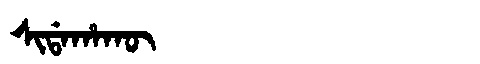
Manchu: ᠰᡳᡩᠠᡥᠠᡴᡡ
Romanization: SIDAHAKŪ